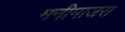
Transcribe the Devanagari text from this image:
मनीमाजरा